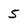
Character: 5